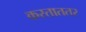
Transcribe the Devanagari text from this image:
करताततर